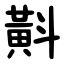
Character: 斢